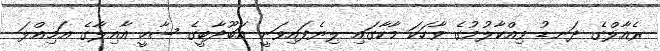
ރެއާލްގެ ދަނޑު ވިއްކާލުމުގެ ވާހަކަ މާކާގައި ލިޔެފައިވަނީ އަބޫދާބީގެ ޝާހީ އާއިލާގެ އަމިއްލަ